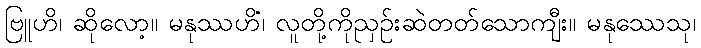
ဗြူဟိ၊ ဆိုလော့။ မနုဿဟိံ၊ လူတို့ကိုညှဉ်းဆဲတတ်သောကျီး။ မနုဿေသု၊